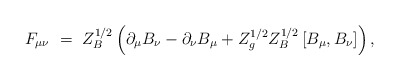
\begin{align*}F_{\mu\nu} \ =\ Z_B^{1/2} \left(\partial_\mu B_\nu - \partial_\nu B_\mu + Z_g^{1/2} Z_B^{1/2} \left[B_\mu,B_\nu \right]\right),\end{align*}